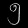
Digit: ၅